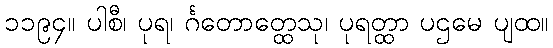
၁၁၉၄။ ပါစီ၊ ပုရ၊ င်္ဂတောတ္ထေသု၊ ပုရတ္ထာ ပဌမေ ပျထ။